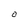
Character: O